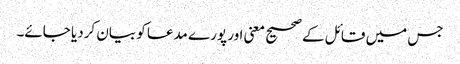
جس میں قائل کے صحیح معنی اور پورے مدعا کو بیان کردیا جائے۔